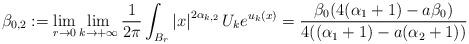
LaTeX: \begin{align*}\beta_{0,2}:=\lim_{r\to0}\lim_{k\to+\infty}\frac{1}{2\pi}\int_{B_{r}}\left|x\right|^{2\alpha_{k,2}}U_{k}e^{u_k(x)}=\frac{\beta_0(4(\alpha_1+1)-a\beta_0)}{4((\alpha_1+1)-a(\alpha_2+1))}\end{align*}